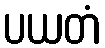
ပယတံ